Civil Veterinary Department. Central Provinces & Berar 1925-31 - 1925-1931
Year: 1925
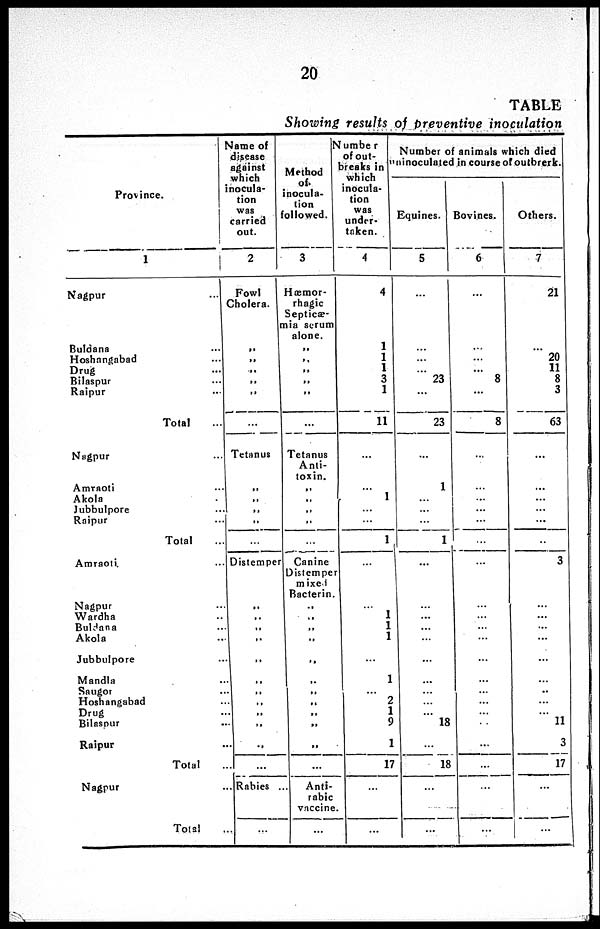
20
TABLE
Showing results of preventive inoculation
Province.
1
Nagpur
Buldana ...
Hoshangabad ...
Drug ...
Bilaspur ...
Raipur ...
Total ...
Nagpur ...
Amraoti ...
Akola ...
Jubbulpore ...
Raipur ...
Total
Amraoti. ...
Nagpur ...
Wardha ...
Buldana ...
Akola ...
Jubbulpore ...
Mandla ...
Saugor ...
Hoshangabad ...
Drug ...
Bilaspur ...
Raipur ...
Total ...
Nagpur ...
Total ...
Same of
disease
against
which
inocula-
tion
was
carried
out.
2
Fowl
Cholera.
„
„
„
„
„
...
Tetanus
„
„
„
„
...
Distemper
„
„
„
„
„
„
„
„
„
„
„
...
Rabies
...
1
Method
of.
inocula-
tion
followed.
3
Hæmor-
rhagic
Septicæ-
mia serum
alone.
„
„
„
„
„
...
Tetanus
Anti-
toxin.
„
„
„
„
...
Canine
Distemper
mixed
Bacterin.
„
„
„
„
„
„
„
„
„
„
„
...
Anti-
rabic
vaccine
...
Number
of out-
breaks in
which
inocula-
tion
was
under-
taken.
4
4
1
1
1
3
1
11
...
...
1
...
...
1
...
...
1
1
1
...
1
2
1
9
1
17
...
...
Number of animals which died
ninoculated in course of outbrerk.
Equines.
5
...
...
...
23
...
23
...
1
...
...
...
1
...
...
...
...
...
...
...
...
...
...
18
...
18
...
...
Bovines.
6
...
...
...
8
...
8
...
...
...
...
...
...
...
...
...
...
...
...
...
...
...
...
...
...
...
...
Others.
7
21
...
20
11
8
3
63
...
...
...
...
...
...
3
...
...
...
...
...
..
...
...
11
3
17
...
...